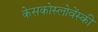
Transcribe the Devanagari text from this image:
केसकोस्लोवेंस्की